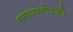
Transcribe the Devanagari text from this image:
रामरक्षास्तोत्रजपे